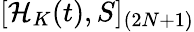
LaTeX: [\mathcal{H}_{K}(t),S]_{(2N+1)}